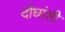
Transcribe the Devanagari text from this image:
दोंघांशी